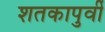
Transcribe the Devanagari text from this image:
शतकापुर्वी